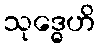
သုဒ္ဓေဟိ